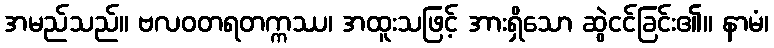
အမည်သည်။ ဗလဝတရတက္ကဿ၊ အထူးသဖြင့် အားရှိသော ဆွဲငင်ခြင်း၏။ နာမံ၊